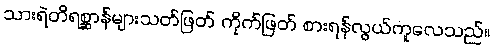
သားရဲတိရစ္ဆာန်များသတ်ဖြတ် ကိုက်ဖြတ် စားရန်လွယ်ကူလေသည်။